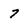
Character: 7